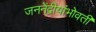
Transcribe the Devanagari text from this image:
जननेंद्रीयांभोवती